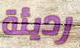
رديئة